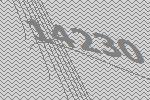
14230